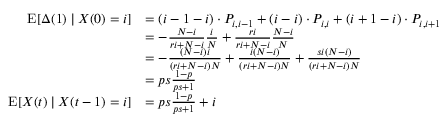
{ \begin{array} { r l } { \operatorname { E } [ \Delta ( 1 ) \mid X ( 0 ) = i ] } & { = ( i - 1 - i ) \cdot P _ { i , i - 1 } + ( i - i ) \cdot P _ { i , i } + ( i + 1 - i ) \cdot P _ { i , i + 1 } } \\ & { = - { \frac { N - i } { r i + N - i } } { \frac { i } { N } } + { \frac { r i } { r i + N - i } } { \frac { N - i } { N } } } \\ & { = - { \frac { ( N - i ) i } { ( r i + N - i ) N } } + { \frac { i ( N - i ) } { ( r i + N - i ) N } } + { \frac { s i ( N - i ) } { ( r i + N - i ) N } } } \\ & { = p s { \frac { 1 - p } { p s + 1 } } } \\ { \operatorname { E } [ X ( t ) \mid X ( t - 1 ) = i ] } & { = p s { \frac { 1 - p } { p s + 1 } } + i } \end{array} }